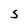
Character: S